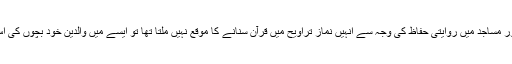
بسا اوقات یہ بھی ہوتا کہ اگر امرا کے گھر میں کوئی بچہ قرآن حفظ کر لیتا اور مساجد میں روایتی حفاظ کی وجہ سے انہیں نماز تراویح میں قرآن سنانے کا موقع نہیں ملتا تھا تو ایسے میں والدین خود بچوں کی اس خواہش کو پورا کرنے کے لیے نماز تراویح کا گھر پراہتمام کر لیتے تھے۔